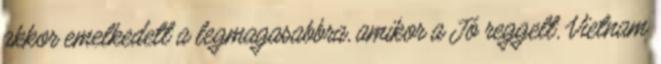
akkor emelkedett a legmagasabbra, amikor a Jó reggelt, Vietnam